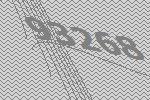
93268